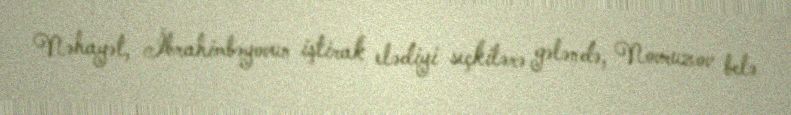
Nəhayət, İbrahimbəyovun iştirak elədiyi seçkilərə gələndə, Novruzov belə